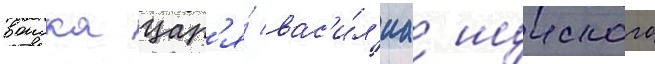
воиска цар'я́ вас'и́л'иа шуиского